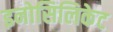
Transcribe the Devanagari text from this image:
इनोसिलिकेट